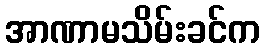
အာဏာမသိမ်းခင်က